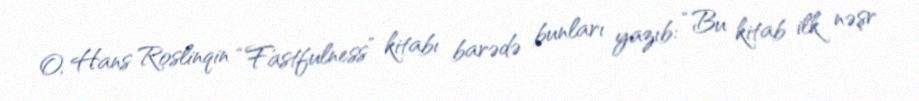
O, Hans Roslinqin “Fastfulness” kitabı barədə bunları yazıb: “Bu kitab ilk nəşr